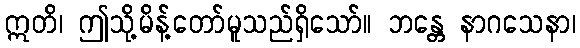
ဣတိ၊ ဤသို့မိန့်တော်မူသည်ရှိသော်။ ဘန္တေ နာဂသေနာ၊